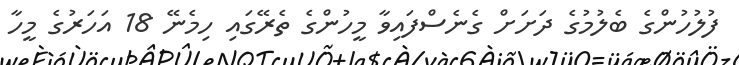
ފުލުހުންގެ ބެލުމުގެ ދަށަށް ގެނެސްފައިވާ މީހުންގެ ތެރޭގައި ހިމެނޭ 18 އަހަރުގެ މީހާ